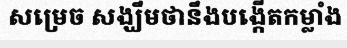
សម្រេច សង្ឃឹមថានឹងបង្កើតកម្លាំង